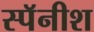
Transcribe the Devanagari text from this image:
स्पॅनीश